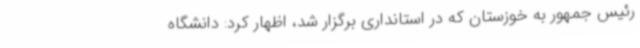
رئیس جمهور به خوزستان که در استانداری برگزار شد، اظهار کرد: دانشگاه